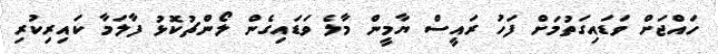
ހައްޖަށް ވަޑައިގަތުމަށް ފަހު ރައީސް ޔާމީން މާލެ ވަޑައިގެން ލޯންޗުކޮޅު ފާލަމާ ކައިރިކުރި